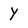
Character: Y